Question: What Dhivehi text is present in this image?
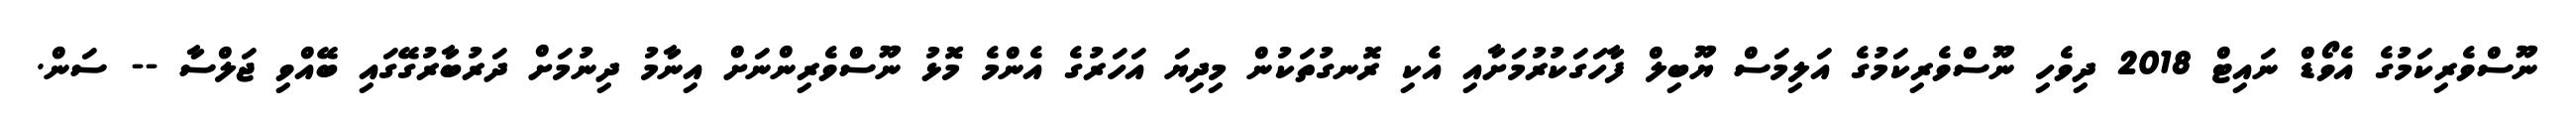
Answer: ނޫސްވެރިކަމުގެ އެވޯޑް ނައިޓް 2018 ދިވެހި ނޫސްވެރިކަމުގެ އަލިމަސް ޔޫބިލް ފާހަގަކުރުމަށާއި އެކި ރޮނގުތަކުން މިދިޔަ އަހަރުގެ އެންމެ މޮޅު ނޫސްވެރިންނަށް އިނާމު ދިނުމަށް ދަރުބާރުގޭގައި ބޭއްވި ޖަލްސާ -- ސަން.